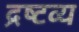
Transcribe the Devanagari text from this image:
द्रष्‍टव्‍य